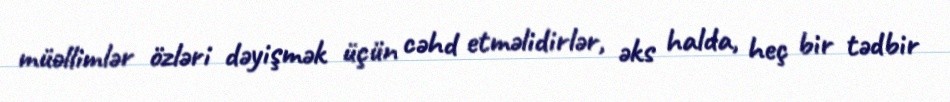
müəllimlər özləri dəyişmək üçün cəhd etməlidirlər, əks halda, heç bir tədbir